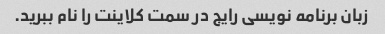
زبان برنامه نویسی رایج در سمت کلاینت را نام ببرید.